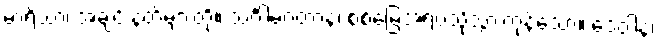
မာရိသာ၊ အချင်းနတ်များတို့။ သင်္ဂါမဂတာနံ၊ စစ်မြေအရပ်သို့သွားကုန်သော။ ဒေဝါနံ၊